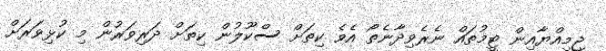
ޖިމިއްޔާއިން ޓީމުތައް ނެރެވިދާނެތޯ އެވެ ކިތަށް ސްކޫލުން ކިތަށް ދަރިވަރުން މި ކުޅިވަރަށް